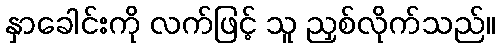
နှာခေါင်းကို လက်ဖြင့် သူ ညှစ်လိုက်သည်။